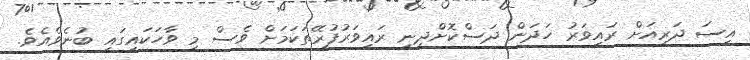
އީސަ ދަރިއަށް ރައިވަރު ހަދަން ދަސްކޮށްދިނީ ރައިވަރުފުރޭތަކަމަށް ވެސް މި ވާހަކައިގައި ބުނެވެއެވެ.